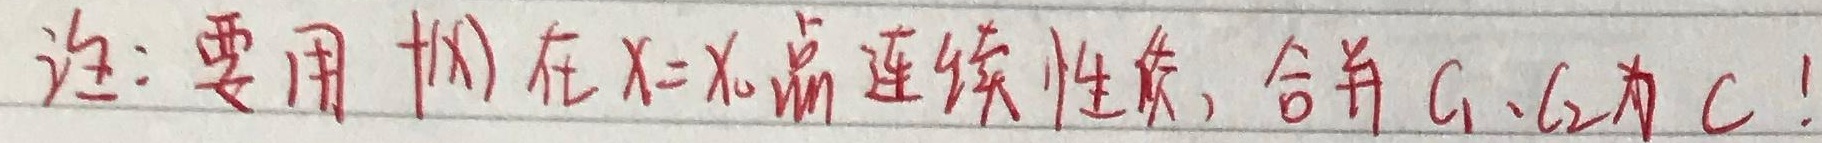
注：要用 \(f(x)\) 在 \(x = x_{0}\) 点连续性质，合并 \(C_{1}、C_{2}\)为 \(C\)！